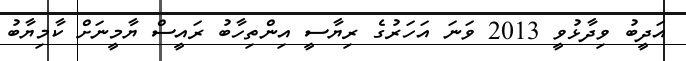
އަދީބު ވިދާޅުވީ 2013 ވަނަ އަހަރުގެ ރިޔާސީ އިންތިހާބު ރައީސް ޔާމީނަށް ކާމިޔާބު